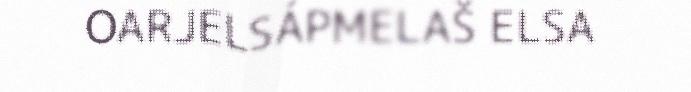
OARJELSÁPMELAŠ ELSA